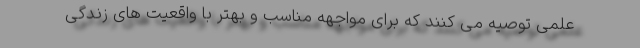
علمی توصیه می کنند که برای مواجهه مناسب و بهتر با واقعیت های زندگی